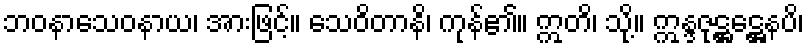
ဘဝနာသေဝနာယ၊ အားဖြင့်။ သေဝိတာနိ၊ ကုန်၏။ ဣတိ၊ သို့။ ဣန္ဒဇုဋ္ဌဋ္ဌေနပိ၊